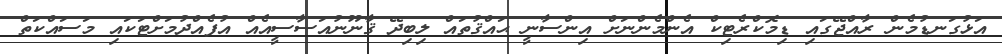
އަޅުގަނޑުމެން ރާއްޖޭގައި ޑިމޮކްރެޓިކް އެންމެންނަށް އިންސާނީ ޙައްޤުތައް ލިބިދޭ ޤާނޫނުއަސާސީއެއް އުފެއްދުމަށްޓަކައި މަސައްކަތް